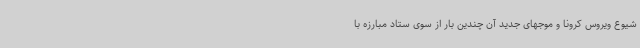
شیوع ویروس کرونا و موجهای جدید آن چندین بار از سوی ستاد مبارزه با